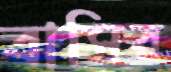
বাসির